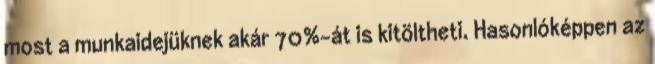
most a munkaidejüknek akár 70%-át is kitöltheti. Hasonlóképpen az